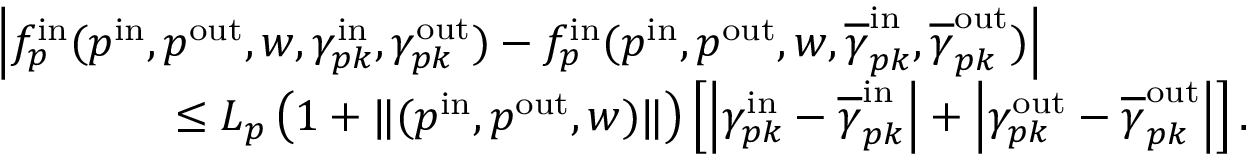
\begin{array} { r l } & { \left| f _ { p } ^ { \mathrm { i n } } ( p ^ { \mathrm { i n } } , p ^ { \mathrm { o u t } } , w , \gamma _ { p k } ^ { \mathrm { i n } } , \gamma _ { p k } ^ { \mathrm { o u t } } ) - f _ { p } ^ { \mathrm { i n } } ( p ^ { \mathrm { i n } } , p ^ { \mathrm { o u t } } , w , \overline { { \gamma } } _ { p k } ^ { \mathrm { i n } } , \overline { { \gamma } } _ { p k } ^ { \mathrm { o u t } } ) \right| } \\ & { \qquad \qquad \leq L _ { p } \left( 1 + \| ( p ^ { \mathrm { i n } } , p ^ { \mathrm { o u t } } , w ) \| \right) \left[ \left| \gamma _ { p k } ^ { \mathrm { i n } } - \overline { { \gamma } } _ { p k } ^ { \mathrm { i n } } \right| + \left| \gamma _ { p k } ^ { \mathrm { o u t } } - \overline { { \gamma } } _ { p k } ^ { \mathrm { o u t } } \right| \right] . } \end{array}